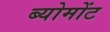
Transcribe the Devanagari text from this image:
ब्योमोंट